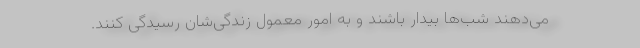
می‌دهند شب‌ها بیدار باشند و به امور معمولِ زندگی‌شان رسیدگی کنند.